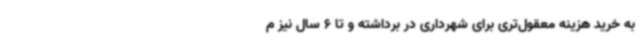
به خرید هزینه‌ معقول‌تری برای شهرداری در برداشته و تا 6 سال نیز م